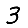
Digit: 3